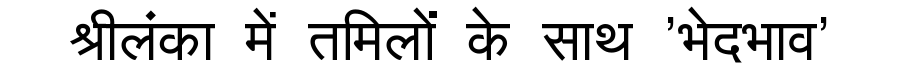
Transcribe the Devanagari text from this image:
श्रीलंका में तमिलों के साथ 'भेदभाव'